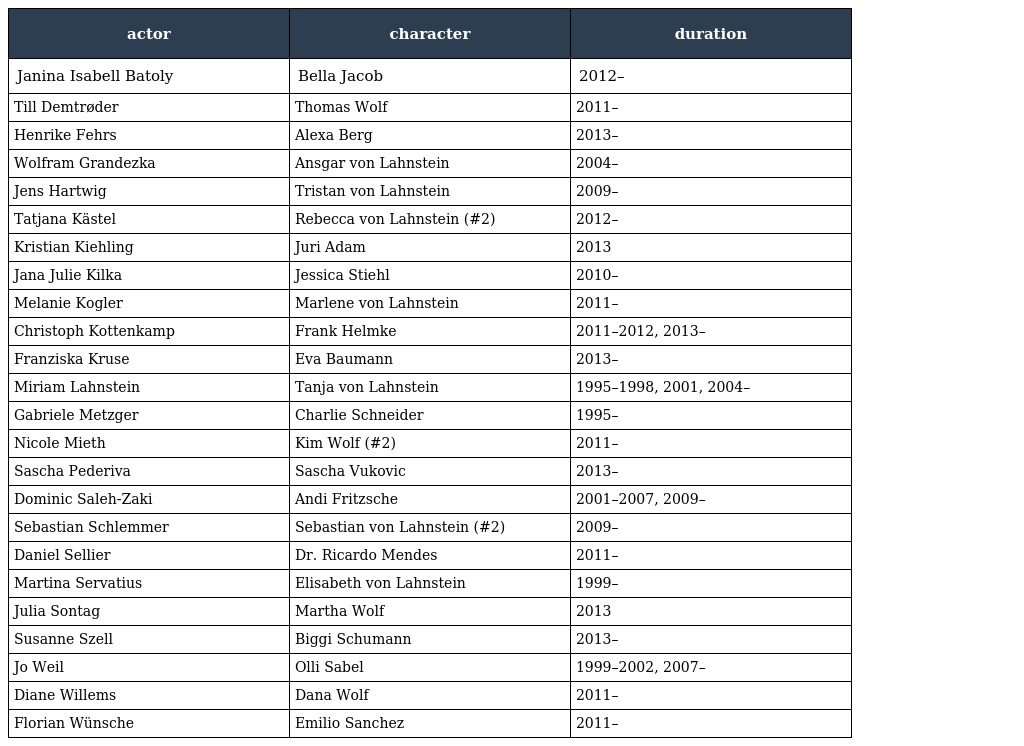
| actor | character | duration |
 | --- | --- | --- |
 | Janina Isabell Batoly | Bella Jacob | 2012– |
 | Till Demtrøder | Thomas Wolf | 2011– |
 | Henrike Fehrs | Alexa Berg | 2013– |
 | Wolfram Grandezka | Ansgar von Lahnstein | 2004– |
 | Jens Hartwig | Tristan von Lahnstein | 2009– |
 | Tatjana Kästel | Rebecca von Lahnstein (#2) | 2012– |
 | Kristian Kiehling | Juri Adam | 2013 |
 | Jana Julie Kilka | Jessica Stiehl | 2010– |
 | Melanie Kogler | Marlene von Lahnstein | 2011– |
 | Christoph Kottenkamp | Frank Helmke | 2011–2012, 2013– |
 | Franziska Kruse | Eva Baumann | 2013– |
 | Miriam Lahnstein | Tanja von Lahnstein | 1995–1998, 2001, 2004– |
 | Gabriele Metzger | Charlie Schneider | 1995– |
 | Nicole Mieth | Kim Wolf (#2) | 2011– |
 | Sascha Pederiva | Sascha Vukovic | 2013– |
 | Dominic Saleh-Zaki | Andi Fritzsche | 2001–2007, 2009– |
 | Sebastian Schlemmer | Sebastian von Lahnstein (#2) | 2009– |
 | Daniel Sellier | Dr. Ricardo Mendes | 2011– |
 | Martina Servatius | Elisabeth von Lahnstein | 1999– |
 | Julia Sontag | Martha Wolf | 2013 |
 | Susanne Szell | Biggi Schumann | 2013– |
 | Jo Weil | Olli Sabel | 1999–2002, 2007– |
 | Diane Willems | Dana Wolf | 2011– |
 | Florian Wünsche | Emilio Sanchez | 2011– |